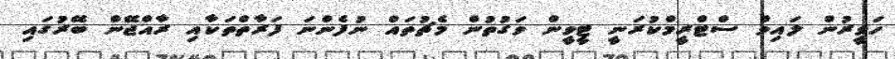
ހަވީރުން ލައިވް ސްޓްރީމްކުރަނީ ޓީވީން ވަގުތުން މެޗުތައް ނުފެންނަ ފަރާތްތަކާއި ރާއްޖޭން ބޭރުގައި